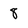
Character: 8